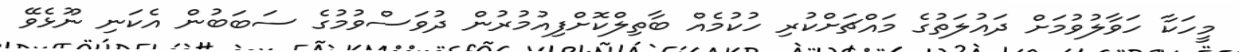
މީހަކާ ހަވާލުވުމަށް ދައުލަތުގެ މައްޗަށްކުރި ހުކުމެއް ބާތިލްކޮށްފިއުމުރުން ދުވަސްވުމުގެ ސަބަބުން އެކަނި ނޫޅެވޭ